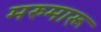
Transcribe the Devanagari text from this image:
मरुमारू